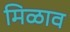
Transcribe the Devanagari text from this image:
मिळाव